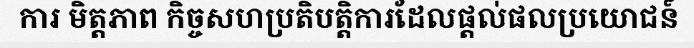
ការ មិត្តភាព កិច្ចសហប្រតិបត្តិការដែលផ្តល់ផលប្រយោជន៍